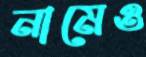
নামেও